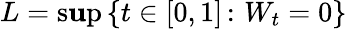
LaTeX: L=\operatorname*{s\mathbf{u}p}\left\{ t\in[0,1]\, \colon\, W_{t}=0\right\}